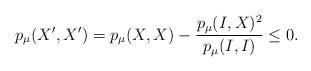
LaTeX: \begin{align*} p_\mu(X',X')= p_\mu(X,X)- \frac{p_\mu(I,X)^2}{ p_\mu(I,I)}\leq 0.\end{align*}